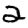
Digit: 2